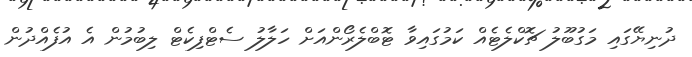
ދުނިޔޭގައި މަގުބޫލު ޗޮކްލެޓެއް ކަމުގައިވާ ޓޮބްލެރޯންއަށް ހަލާލު ސެޓްފިކެޓް ލިބުމުން އެ އުފެއްދުން